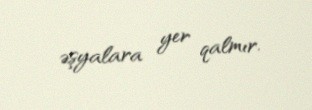
əşyalara yer qalmır.